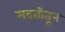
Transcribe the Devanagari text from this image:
मदतीतून